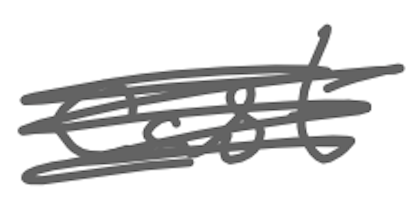
Text: cast
Cross-out: scratch
Writing tool: digital_gray